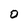
Character: O